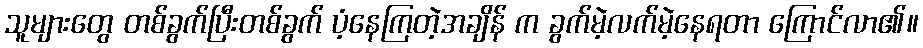
သူများတွေ တစ်ခွက်ပြီးတစ်ခွက် ပံ့နေကြတဲ့အချိန် က ခွက်မဲ့လက်မဲ့နေရတာ ကြောင်လာ၏။